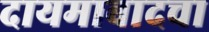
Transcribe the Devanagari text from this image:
दायमाबादचा